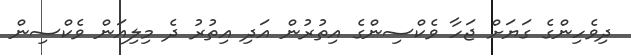
ދިވެހިންގެ ގަޔަށް ޖަހާ ވެކްސިންގެ އިތުރުން އަދި އިތުރު ދެ މިލިއަން ވެކްސިން